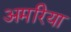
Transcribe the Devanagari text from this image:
अमरिया